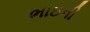
ભાઇની